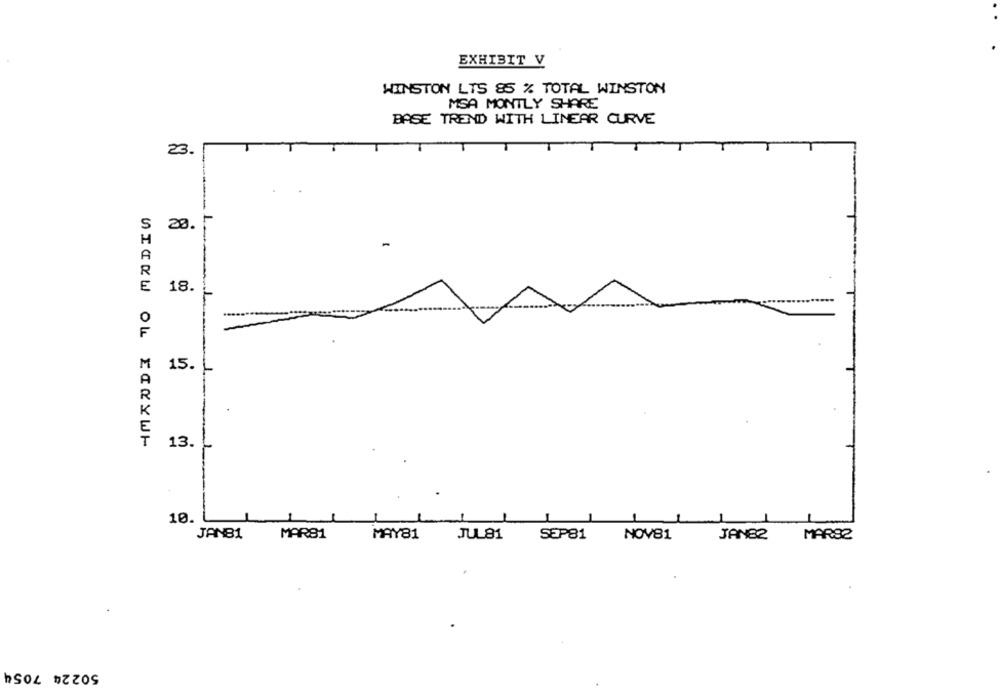
EXHIBIT V
WINSTON LTS 85 % TOTAL WINSTON
MSA MONTLY SHARE
BASE TREND WITH LINEAR CURVE
23.
-
S
20.
E
18.
M
15.
WIEKW OL ECKYWH
13.
10.
JANB1
MAR81
MAY81
JUL81
SEP81
NOV81
JAN82
MAR82
50224 7054